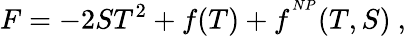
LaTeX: {F}=-2ST^{2}+f(T)+f^{^{NP}}(T,S)\ ,